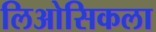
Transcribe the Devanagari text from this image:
लिओसिकला